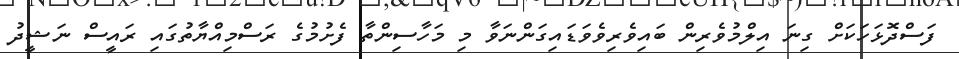
ފަސްދޮޅަހަކަށް ގިނަ އިލްމުވެރިން ބައިވެރިވެވަޑައިގަންނަވާ މި މަހާސިންތާ ފެށުމުގެ ރަސްމިއްޔާތުގައި ރައީސް ނަޝީދު